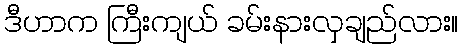
ဒီဟာက ကြီးကျယ် ခမ်းနားလှချည်လား။